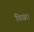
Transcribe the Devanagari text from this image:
बिछा।